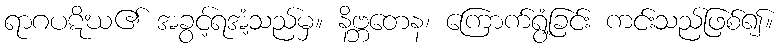
ရာဂပဋိဃ၏ အခွင့်ရအံ့သည်မှ။ နိဗ္ဘတေန၊ ကြောက်ရွံ့ခြင်း ကင်းသည်ဖြစ်၍။